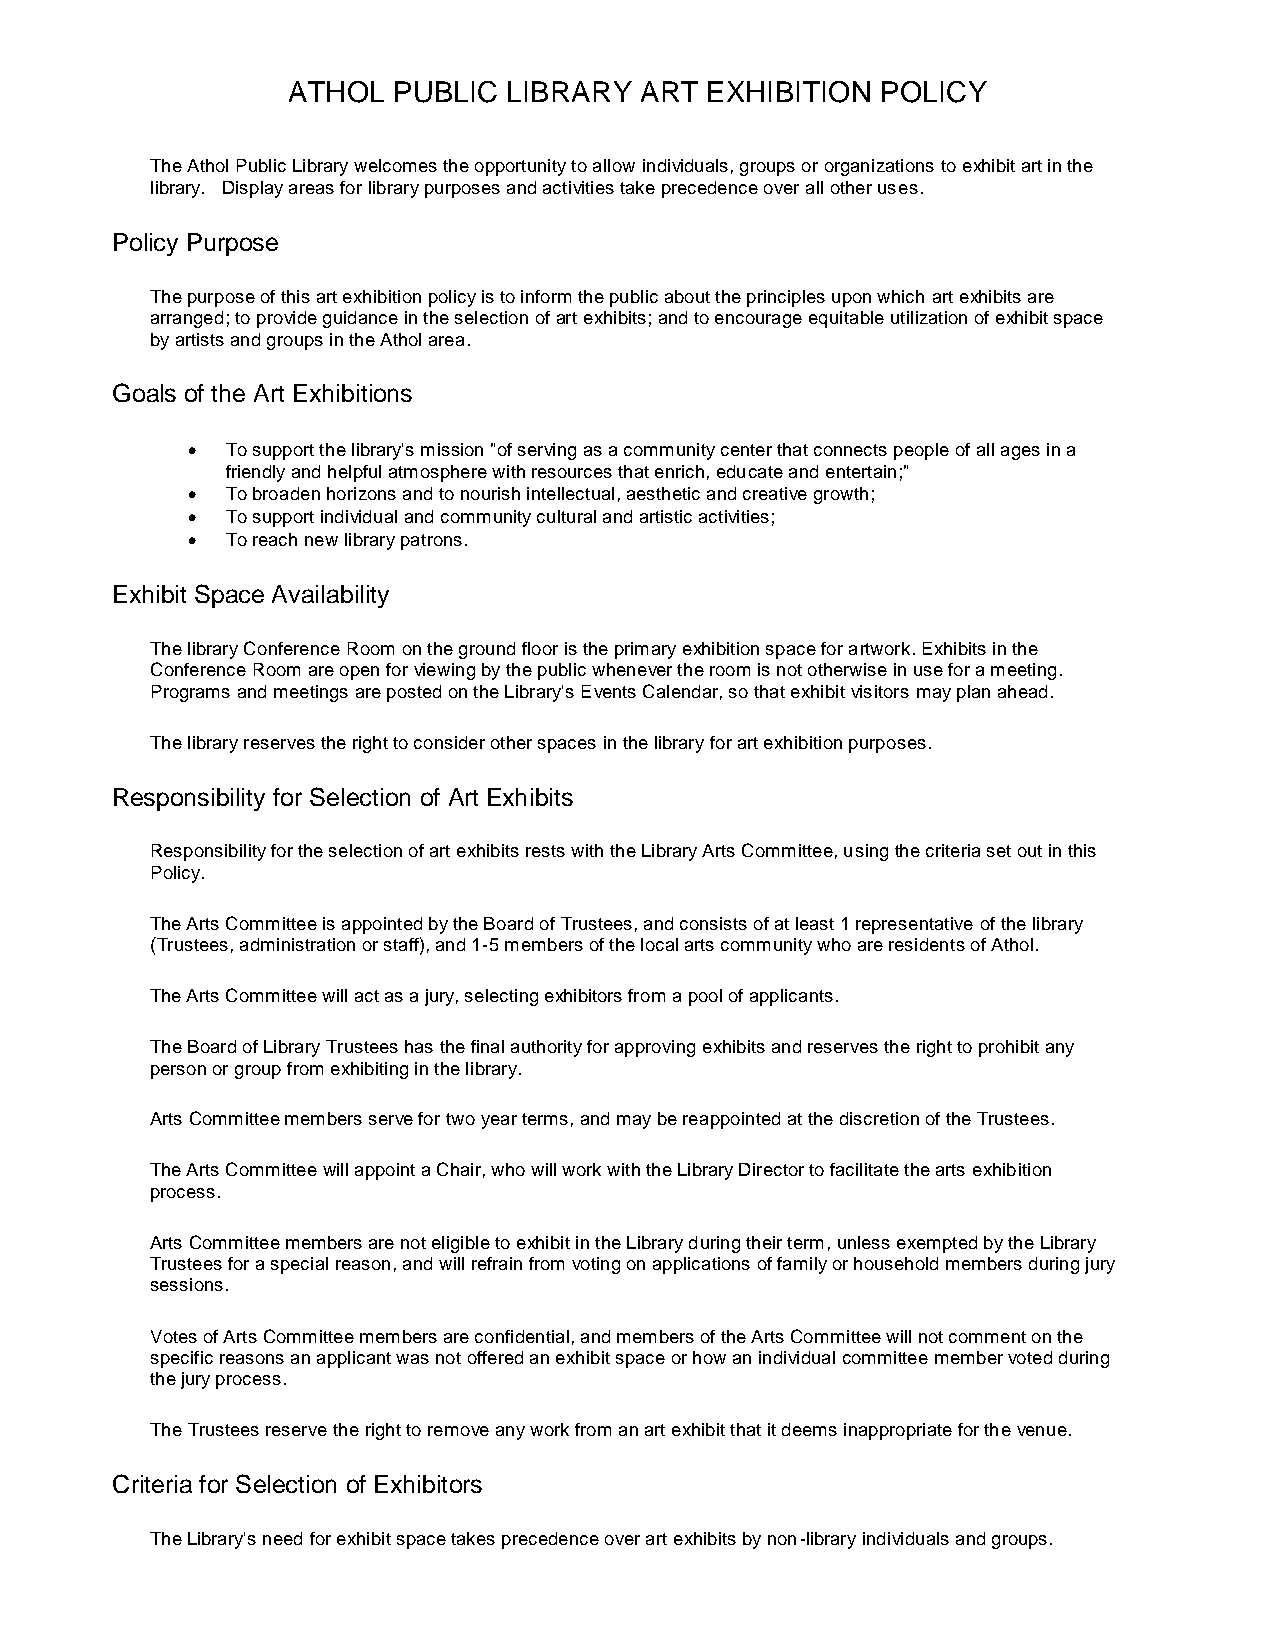
ATHOL  PUBLIC  LIBRARY ART  EXHIBITION POLICY
 The Athol Public Library welcomes the opportunity to allow individuals, groups or organizations to exhibit art in the
 library. Display areas for library purposes and activities take precedence over all other uses.
 Policy Purpose
 The purpose of this art exhibition policy is to inform the public about the principles upon which art exhibits are
 arranged; to provide guidance in the selection of art exhibits; and to encourage equitable utilization of exhibit space
 by artists and groups in the Athol area.
 Goals of the Art Exhibitions
   To support the library's mission "of serving as a community center that connects people of all ages in a
 friendly and helpful atmosphere with resources that enrich, educate and entertain;"
   To broaden horizons and to nourish intellectual, aesthetic and creative growth;
   To support individual and community cultural and artistic activities;
   To reach new library patrons.
 Exhibit Space Availability
 The library Conference Room on the ground floor is the primary exhibition space for artwork. Exhibits in the
 Conference Room are open for viewing by the public whenever the room is not otherwise in use for a meeting.
 Programs and meetings are posted on the Library's Events Calendar, so that exhibit visitors may plan ahead.
 The library reserves the right to consider other spaces in the library for art exhibition purposes.
 Responsibility for Selection of Art Exhibits
 Responsibility for the selection of art exhibits rests with the Library Arts Committee, using the criteria set out in this
 Policy.
 The Arts Committee is appointed by the Board of Trustees, and consists of at least 1 representative of the library
 (Trustees, administration or staff), and 1-5 members of the local arts community who are residents of Athol.
 The Arts Committee will act as a jury, selecting exhibitors from a pool of applicants.
 The Board of Library Trustees has the final authority for approving exhibits and reserves the right to prohibit any
 person or group from exhibiting in the library.
 Arts Committee members serve for two year terms, and may be reappointed at the discretion of the Trustees.
 The Arts Committee will appoint a Chair, who will work with the Library Director to facilitate the arts exhibition
 process.
 Arts Committee members are not eligible to exhibit in the Library during their term, unless exempted by the Library
 Trustees for a special reason, and will refrain from voting on applications of family or household members during jury
 sessions.
 Votes of Arts Committee members are confidential, and members of the Arts Committee will not comment on the
 specific reasons an applicant was not offered an exhibit space or how an individual committee member voted during
 the jury process.
 The Trustees reserve the right to remove any work from an art exhibit that it deems inappropriate for the venue.
 Criteria for Selection of Exhibitors
 The Library's need for exhibit space takes precedence over art exhibits by non-library individuals and groups.